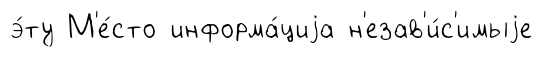
э́ту М'е́сто информа́циjа н'езав'и́с'имыjе